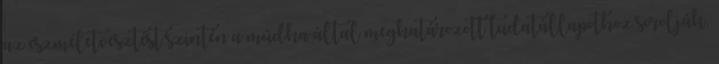
az eszméletvesztést szintén a múdha által meghatározott tudatállapothoz sorolják.